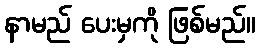
နာမည် ပေးမှကို ဖြစ်မည်။